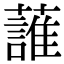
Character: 𧀣